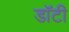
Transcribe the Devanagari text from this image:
डॉटी